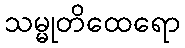
သမ္မုတိထေရော